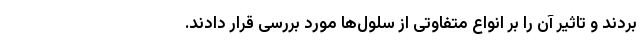
بردند و تاثیر آن را بر انواع متفاوتی از سلول‌ها مورد بررسی قرار دادند.